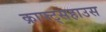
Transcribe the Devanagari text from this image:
क्राफ्ट्सहाउस